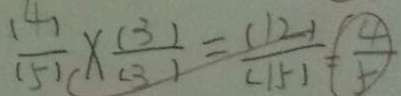
\frac { ( 4 ) } { ( 5 ) } \times \frac { ( 3 ) } { ( 3 ) } = \frac { ( 1 2 ) } { ( 1 5 ) } = \frac { 4 } { 5 }